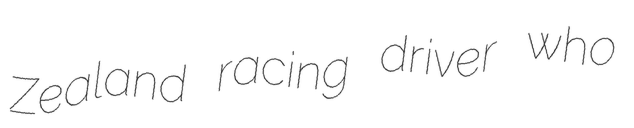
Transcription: Zealand racing driver who